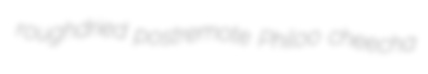
roughdried postremote Philoo cheecha